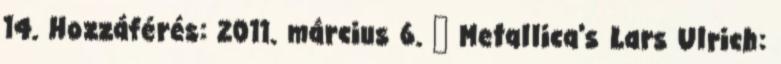
14. Hozzáférés: 2011. március 6. ↑ Metallica's Lars Ulrich: